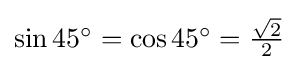
{\textstyle \sin 45^{\circ }=\cos 45^{\circ }={\frac {\sqrt {2}}{2}}}